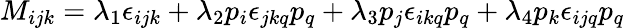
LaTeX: M_{ijk}=\lambda_{1}\epsilon_{ijk}+\lambda_{2}p_{i}\epsilon_{jkq}p_{q}+\lambda_{3}p_{j}\epsilon_{ikq}p_{q}+\lambda_{4}p_{k}\epsilon_{ijq}p_{q}